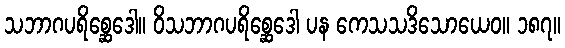
သဘာဂပရိစ္ဆေဒေါ။ ဝိသဘာဂပရိစ္ဆေဒေါ ပန ကေသသဒိသောယေဝ။ ၁၈၇။